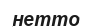
нетто